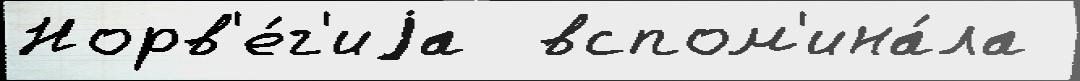
Норв'е́г'иjа  вспом'ина́ла